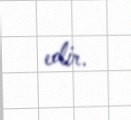
edir.